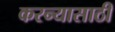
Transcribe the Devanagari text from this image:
करन्यासाठी